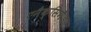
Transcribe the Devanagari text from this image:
एनैक्सिमैंडर